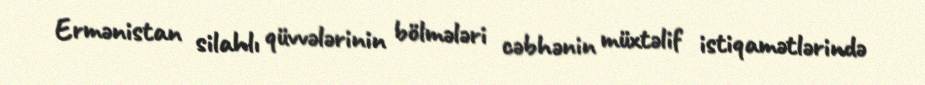
Ermənistan silahlı qüvvələrinin bölmələri cəbhənin müxtəlif istiqamətlərində